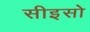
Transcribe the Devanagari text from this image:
सीइसो